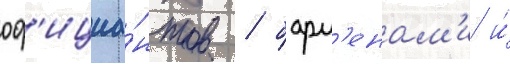
оф'ициа́нтов / барм'енам'и и́